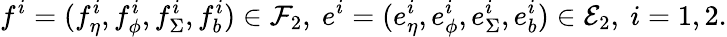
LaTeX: f^{i}=(f_{\eta}^{i},f_{\phi}^{i},f_{\Sigma}^{i},f_{b}^{i})\in\mathcal{F}_{2},\ e^{i}=(e_{\eta}^{i},e_{\phi}^{i},e_{\Sigma}^{i},e_{b}^{i})\in\mathcal{E}_{2},\ i=1,2.